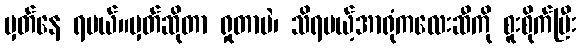
မှတ်နေ ရမယ်။မှတ်ဆိုတာ ရှုတာပဲ၊ သိရမယ့်အာရုံကလေးဆီကို စူးစိုက်ပြီး